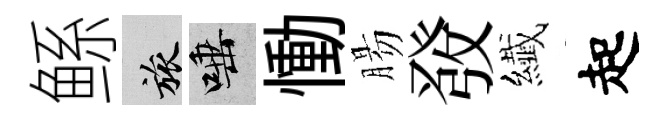
鲧旅唾慟腸𤼲纎起